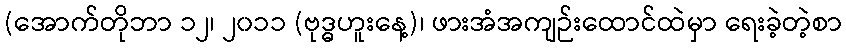
(အောက်တိုဘာ ၁၂၊ ၂၀၁၁ (ဗုဒ္ဓဟူးနေ့)၊ ဖားအံအကျဉ်းထောင်ထဲမှာ ရေးခဲ့တဲ့စာ